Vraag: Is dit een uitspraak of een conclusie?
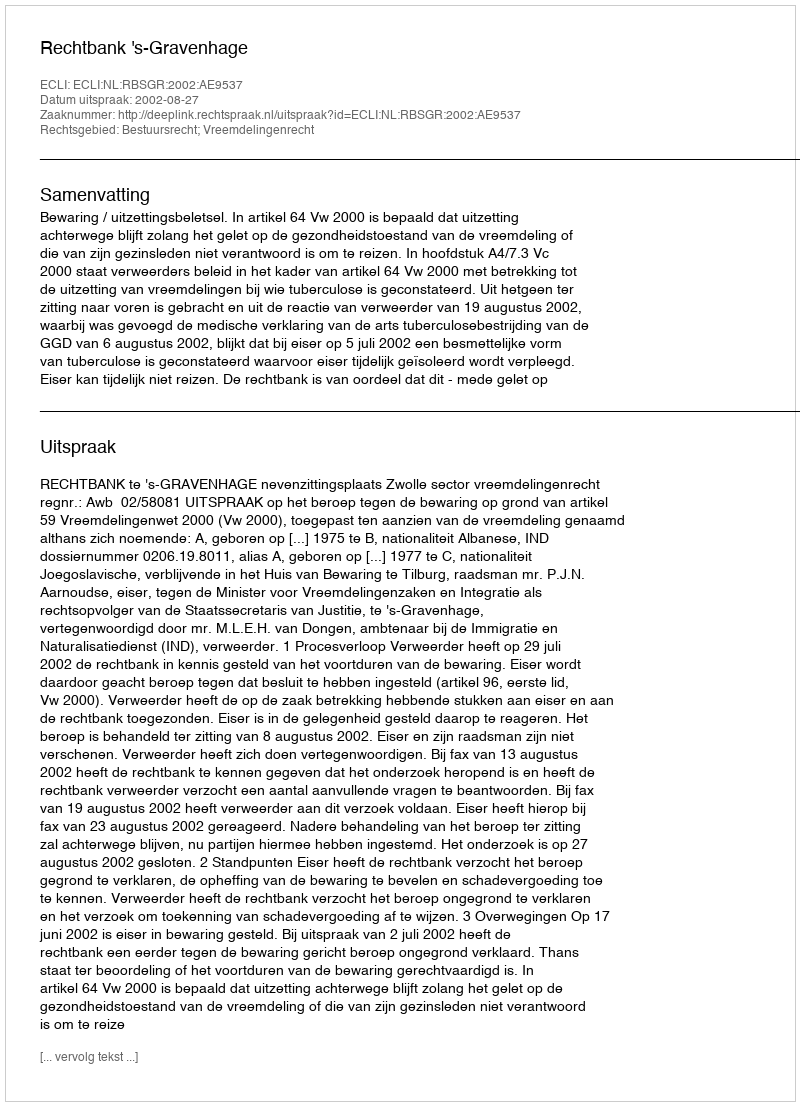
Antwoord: Uitspraak